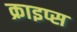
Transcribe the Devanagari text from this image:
क्राइप्स